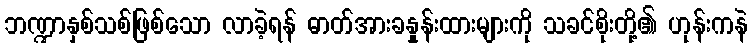
ဘဏ္ဍာနှစ်သစ်ဖြစ်သော လာခဲ့ရန် ဓာတ်အားခနှုန်းထားများကို သခင်စိုးတို့၏ ဟုန်းကနဲ